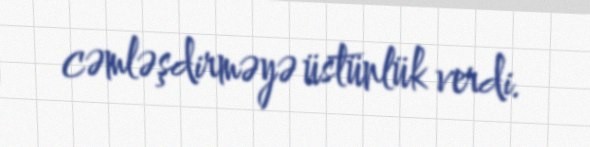
cəmləşdirməyə üstünlük verdi.